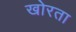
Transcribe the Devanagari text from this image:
खोरता